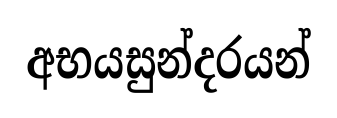
අභයසුන්දරයන්